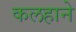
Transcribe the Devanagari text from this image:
कलहाने